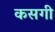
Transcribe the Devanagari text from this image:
कसगी